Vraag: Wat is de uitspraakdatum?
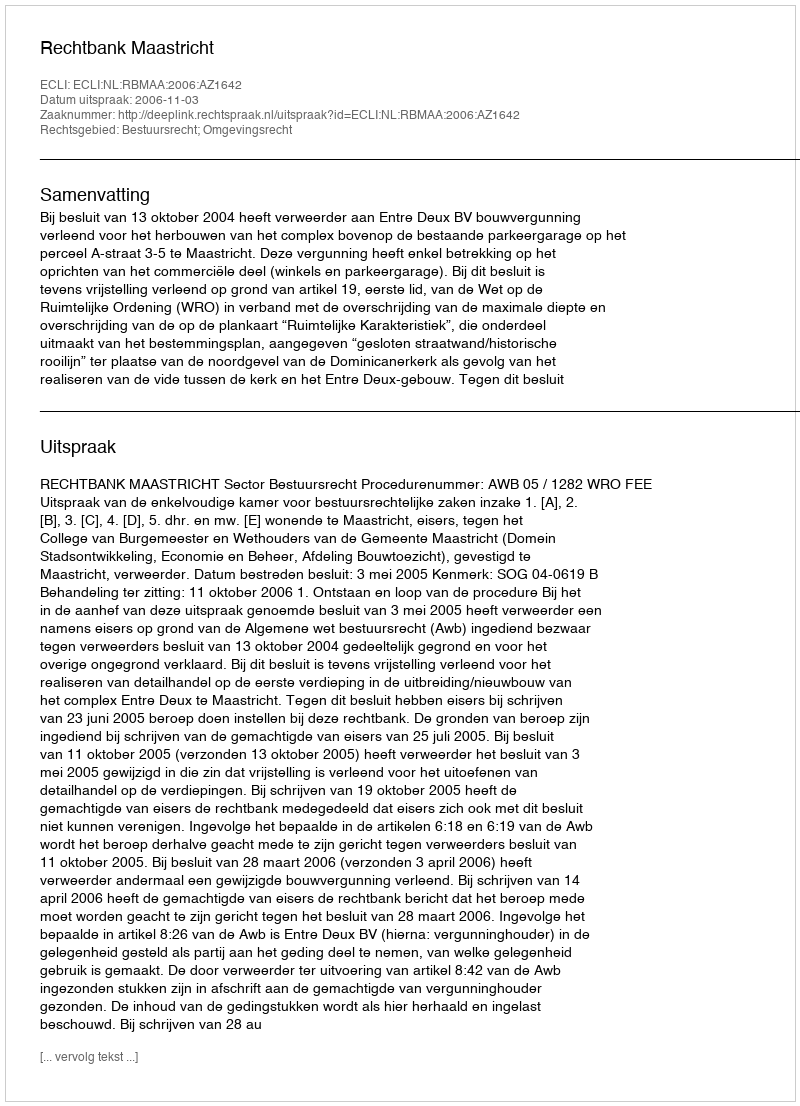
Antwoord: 2006-11-03